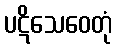
ပဋိသေဝေတုံ